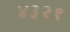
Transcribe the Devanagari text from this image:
४३२१